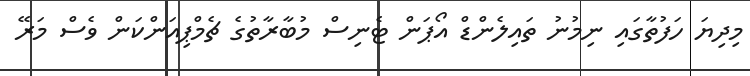
މިދިޔަ ހަފުތާގައި ނިމުނު ތައިލެންޑް އޯޕަން ޓެނިސް މުބާރާތުގެ ޗެމްޕިއަންކަން ވެސް މަރޭ